Report on vaccination in Madras 1895-1903 - 1895-1903
Year: 1895
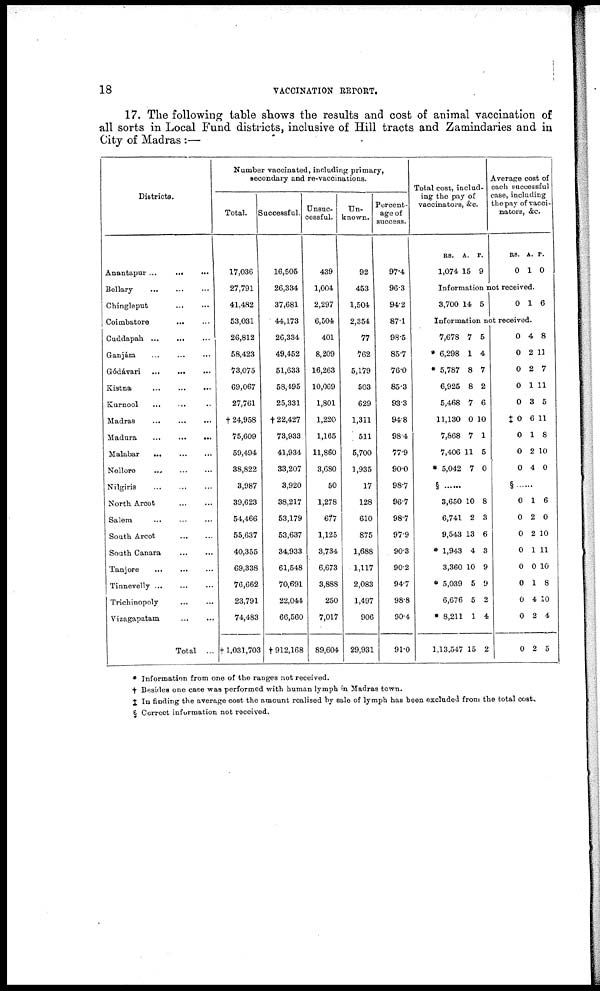
18
VACCINATION REPORT.
17. The following table shows the results and cost of animal vaccination of
all sorts in Local Fund districts, inclusive of Hill tracts and Zamindaries and in
City of Madras :—
Districts.
Anantapur ...
...
...
Bellary
...
...
...
Chingleput
...
...
Coimbatore
... ...
Cuddapah
...
...
...
Ganjám
...
...
...
Gódávari
...
...
...
Kistna
...
...
...
Kurnool ... ... ...
Madras
...
...
...
Madura
...
...
...
Malabar ... ...
Nellore
...
...
...
Nilgiris ... ... ...
North Arcot
...
...
Salem
...
...
...
South Arcot
...
...
South Canara
...
...
Tanjore ... ... ...
Tinnevelly ... ... ...
Trichinopoly ... ...
Vizagapatam
...
...
Total ...
Number vaccinated, including primary,
secondary and re-vaccinations.
Total.
17,036
27,791
41,482
53,031
26,812
58,423
73,075
69,067
27,761
†24,958
75,609
59,494
38,822
3,987
39,623
54,466
55,637
40,355
69,338
76,662
23,791
74,483
†1,031,703
Successful.
16,505
26,334
37,681
44,173
26,334
49,452
51,633
58,495
25,331
† 22,427
73,933
41,934
33,207
3,920
38,217
53,179
53,637
34,933
61,548
70,691
22,044
66,560
† 912,168
Unsuc-
cessful.
439
1,004
2,297
6,504
401
8,209
16,263
10,069
1,801
1,220
1,165
11,860
3,680
50
1,278
...
1,125
3,734
6,673
3,888
250
7,017
89,604
Un-
known.
92
453
1,504
2,354
77
762
5,179
503
629
1,311
511
5,700
1,935
17
128
610
875
1,688
1,117
2,083
1,497
906
29,931
Percent-
age of
success.
97.4
96.3
94.2
87.1
98.5
85.7
76.0
85.3
93.3
94.8
98.4
77.9
90.0
98.7
96.7
98.7
97.9
90.3
90.2
94.7
98.8
90.4
91.0
Total cost, includ-
ing the pay of
vaccinators, &c.
RS.
1,074
A.
15
P.
9
Average cost of
each successful
case, including
the pay of vacci-
nators, &c.
RS.
0
A.
1
P.
0
Information not received.
3,700 14 5
0 1 6
Information not received.
7,678
* 6,298
* 5,787
6,925
5,468
11,130
7,868
7,406
* 5,042
7
1
8
8
7
0
7
11
7
5
4
7
2
6
10
1
5
0
§
3,650
6,741
9,543
* 1,943
3,360
* 5,039
6,676
* 8,211
1,13,547
10
2
13
4
10
5
5
1
15
8
3
6
3
9
9
2
4
2
0
0
0
0
0
‡0
0
0
0
4
2
2
1
3
6
1
2
4
8
11
7
11
5
11
8
10
0
§
0
0
0
0
0
0
0
0
0
1
2
2
1
0
1
4
2
2
6
0
10
11
10
8
10
4
5
* Information from one of the ranges not received.
† Besides one case was performed with human lymph in Madras town.
‡ In finding the average cost the amount realised by sale of lymph has been excluded from the total cost.
§ Correct information not received.